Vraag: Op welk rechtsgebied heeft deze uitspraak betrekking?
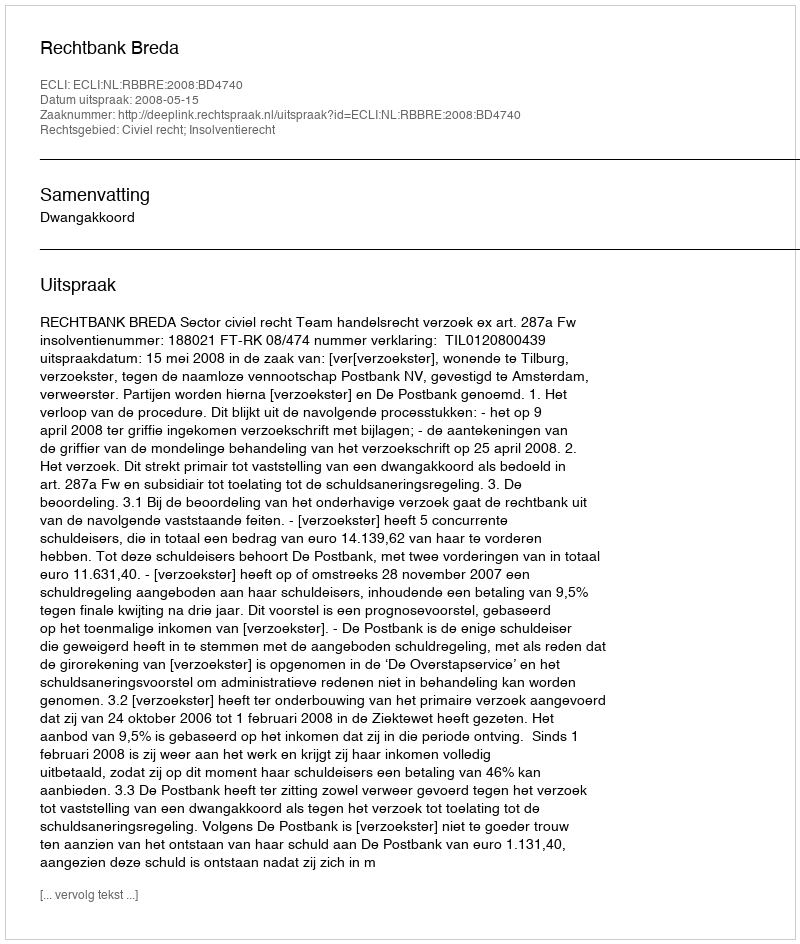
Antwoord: Civiel recht; Insolventierecht